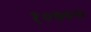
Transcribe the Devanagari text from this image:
१०७००